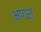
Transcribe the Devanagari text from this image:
भागशः